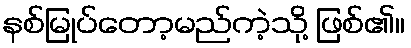
နစ်မြုပ်တော့မည်ကဲ့သို့ ဖြစ်၏။